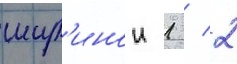
шир'инои 1 / 2